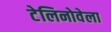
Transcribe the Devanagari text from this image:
टेलिनोवेला